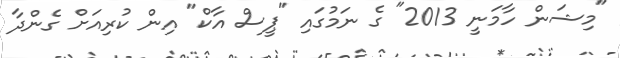
"މިޝަން ހާމަނީ 2013" ގެ ނަމުގައި "ޕީސް އާކް" އިން ކުރިއަށް ގެންދާ